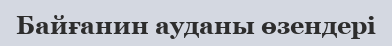
Байғанин ауданы өзендері